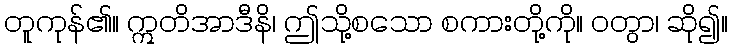
တူကုန်၏။ ဣတိအာဒီနိ၊ ဤသို့စသော စကားတို့ကို။ ဝတွာ၊ ဆို၍။